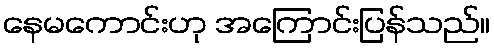
နေမကောင်းဟု အကြောင်းပြန်သည်။